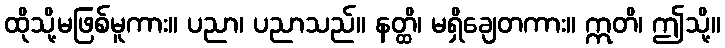
ထိုသို့မဖြစ်မူကား။ ပညာ၊ ပညာသည်။ နတ္ထိ၊ မရှိချေတကား။ ဣတိ၊ ဤသို့။